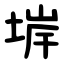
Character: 堓